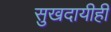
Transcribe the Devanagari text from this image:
सुखदायीही